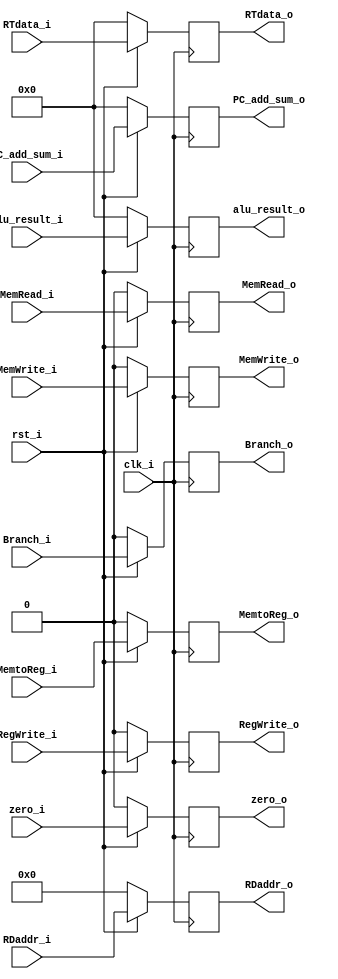
/***************************************************
Student Name: 
Student ID: 
***************************************************/

`timescale 1ns/1ps

module EX_MEM_reg(
	input          clk_i,
    	input          rst_i,
	/*Control signal input*/
	input          MemtoReg_i,
	input          RegWrite_i,
	input          MemRead_i,
	input          MemWrite_i,
	input          Branch_i,
	

	/*Data input*/
        input  		[32-1:0] PC_add_sum_i,
        input  			 zero_i,
        input 		[32-1:0] alu_result_i,
	input  		[32-1:0] RTdata_i,
	input  		[5-1:0]  RDaddr_i,

	/*Control signal output*/
	output reg          MemtoReg_o,
	output reg          RegWrite_o,
	output reg          MemRead_o,
	output reg          MemWrite_o,
	output reg          Branch_o,

	/*Data output*/
	output reg [32-1:0] PC_add_sum_o,
        output reg 	    zero_o,
	output reg [32-1:0] alu_result_o,
	output reg [32-1:0]  RTdata_o,
	output reg [5-1:0]  RDaddr_o
);

always@(posedge clk_i) begin
	if(~rst_i) 
		begin
			/* WB */
			MemtoReg_o <= 1'd0;
	        	RegWrite_o <= 1'd0;
	        	/* M*/
			MemRead_o  <= 1'd0;
	        	MemWrite_o <= 1'd0;
	        	Branch_o   <= 1'd0;
			/* Data*/
			PC_add_sum_o   <= 32'd0;
			zero_o  <= 1'd0;
			alu_result_o  <= 32'd0;
			RTdata_o <= 32'd0;
			RDaddr_o   <= 5'd0;
	
		end
    	else 
		begin
			/* WB */
			MemtoReg_o <= MemtoReg_i;
	        	RegWrite_o <= RegWrite_i;
	        	/* M*/
			MemRead_o  <= MemRead_i;
	        	MemWrite_o <= MemWrite_i;
	        	Branch_o   <= Branch_i;
			/* Data*/
			PC_add_sum_o  <= PC_add_sum_i;
			zero_o   <= zero_i;
			alu_result_o  <= alu_result_i;
			RTdata_o <=  RTdata_i;
			RDaddr_o   <= RDaddr_i;
		end

end

endmodule